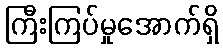
ကြီးကြပ်မှုအောက်ရှိ